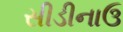
સીડીનાઉ